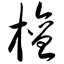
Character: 檀